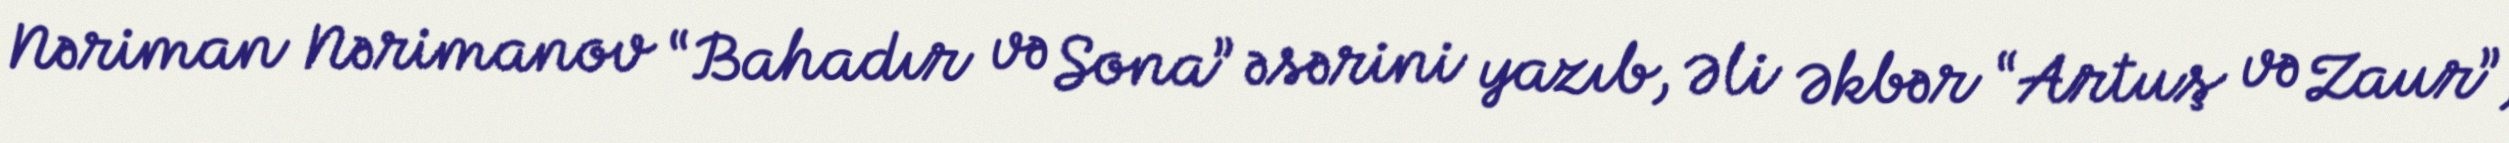
Nəriman Nərimanov “Bahadır və Sona” əsərini yazıb, Əli Əkbər “Artuş və Zaur”,